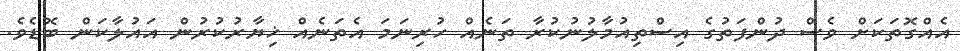
އެއްގޮތަކަށް ވެސް ދުންފަތުގެ އިސްތިއުމާލުނުކުރާ ތަނެއް ހުރިނަމަ އެތަނެއް ޚިޔާރުކުރުން އައުލާކަން ބޮޑެވެ.